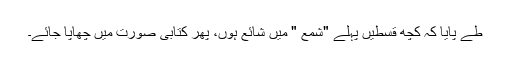
طے پایا کہ کچھ قسطیں پہلے "شمع " میں شائع ہوں، پھر کتابی صورت میں چھاپا جائے۔